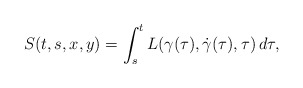
\begin{align*}S(t,s,x,y)=\int_s^t L(\gamma(\tau),\dot{\gamma}(\tau),\tau)\,d\tau,\end{align*}